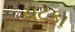
ચટકા